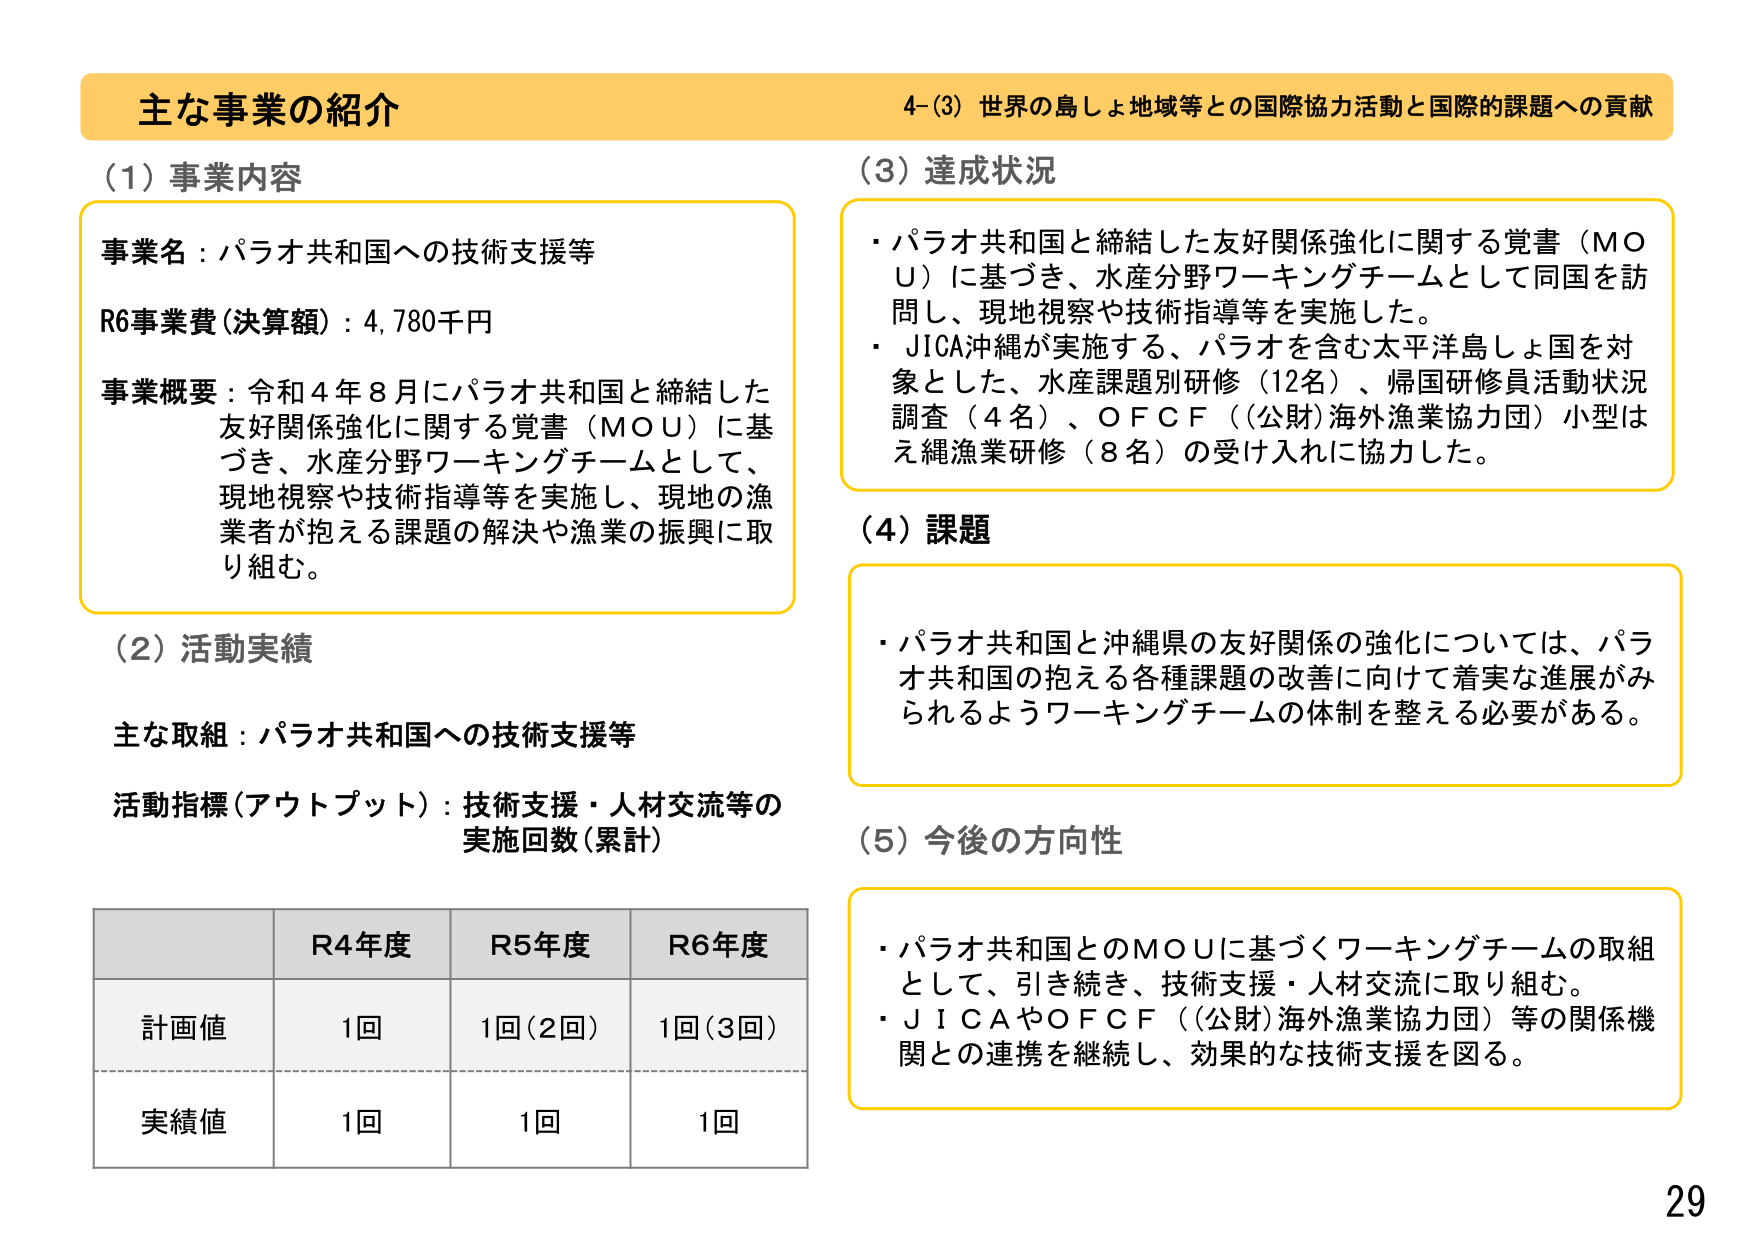
主な事業の紹介
4-(3) 世界の島しょ地域等との国際協力活動と国際的課題への貢献

(1) 事業内容
事業名：パラオ共和国への技術支援等
R6事業費（決算額）：4,780千円
事業概要：令和4年8月にパラオ共和国と締結した
友好関係強化に関する覚書（MOU）に基づき、水産分野ワーキングチームとして、
現地視察や技術指導等を実施し、現地の漁業者が抱える課題の解決や漁業の振興に取り組む。

(2) 活動実績
主な取組：パラオ共和国への技術支援等
活動指標（アウトプット）：技術支援・人材交流等の
実施回数（累計）

R4年度 R5年度 R6年度
計画値 1回 1回（2回） 1回（3回）
実績値 1回 1回 1回

(3) 達成状況
・パラオ共和国と締結した友好関係強化に関する覚書（MOU）に基づき、水産分野ワーキングチームとして同国を訪問し、現地視察や技術指導等を実施した。
・JICA沖縄が実施する、パラオを含む太平洋島しょ国を対象とした、水産課題別研修（12名）、帰国研修員活動状況調査（4名）、OFCF（(公財)海外漁業協力団）小型はえ縄漁業研修（8名）の受け入れに協力した。

(4) 課題
・パラオ共和国と沖縄県の友好関係の強化については、パラオ共和国の抱える各種課題の改善に向けて着実な進展がみられるようワーキングチームの体制を整える必要がある。

(5) 今後の方向性
・パラオ共和国とのMOUに基づくワーキングチームの取組として、引き続き、技術支援・人材交流に取り組む。
・JICAやOFCF（(公財)海外漁業協力団）等の関係機関との連携を継続し、効果的な技術支援を図る。

29